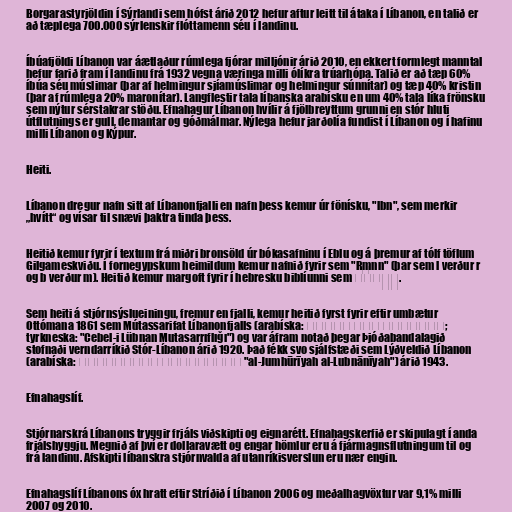
Borgarastyrjöldin í Sýrlandi sem hófst árið 2012 hefur aftur leitt til átaka í Líbanon, en talið er
að tæplega 700.000 sýrlenskir flóttamenn séu í landinu.

Íbúafjöldi Líbanon var áætlaður rúmlega fjórar milljónir árið 2010, en ekkert formlegt manntal
hefur farið fram í landinu frá 1932 vegna væringa milli ólíkra trúarhópa. Talið er að tæp 60%
íbúa séu múslimar (þar af helmingur sjíamúslimar og helmingur súnnítar) og tæp 40% kristin
(þar af rúmlega 20% maronítar). Langflestir tala líbanska arabísku en um 40% tala líka frönsku
sem nýtur sérstakrar stöðu. Efnahagur Líbanon hvílir á fjölbreyttum grunni en stór hluti
útflutnings er gull, demantar og góðmálmar. Nýlega hefur jarðolía fundist í Líbanon og í hafinu
milli Líbanon og Kýpur.

Heiti.

Líbanon dregur nafn sitt af Líbanonfjalli en nafn þess kemur úr fönísku, "lbn", sem merkir
„hvítt“ og vísar til snævi þaktra tinda þess.

Heitið kemur fyrir í textum frá miðri bronsöld úr bókasafninu í Eblu og á þremur af tólf töflum
Gilgameskviðu. Í fornegypskum heimildum kemur nafnið fyrir sem "Rmnn" (þar sem l verður r
og b verður m). Heitið kemur margoft fyrir í hebresku biblíunni sem לְבָנוֹן.

Sem heiti á stjórnsýslueiningu, fremur en fjalli, kemur heitið fyrst fyrir eftir umbætur
Ottómana 1861 sem Mútassarifat Líbanonfjalls (arabíska: متصرفية جبل لبنان‎;
tyrkneska: "Cebel-i Lübnan Mutasarrıflığı") og var áfram notað þegar Þjóðabandalagið
stofnaði verndarríkið Stór-Líbanon árið 1920. Það fékk svo sjálfstæði sem Lýðveldið Líbanon
(arabíska: الجمهورية اللبنانية‎ "al-Jumhūrīyah al-Lubnānīyah") árið 1943.

Efnahagslíf.

Stjórnarskrá Líbanons tryggir frjáls viðskipti og eignarétt. Efnahagskerfið er skipulagt í anda
frjálshyggju. Megnið af því er dollaravætt og engar hömlur eru á fjármagnsflutningum til og
frá landinu. Afskipti líbanskra stjórnvalda af utanríkisverslun eru nær engin.

Efnahagslíf Líbanons óx hratt eftir Stríðið í Líbanon 2006 og meðalhagvöxtur var 9,1% milli
2007 og 2010.